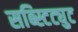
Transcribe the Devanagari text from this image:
सब्स्टिट्युट